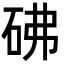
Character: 砩